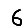
Digit: 6